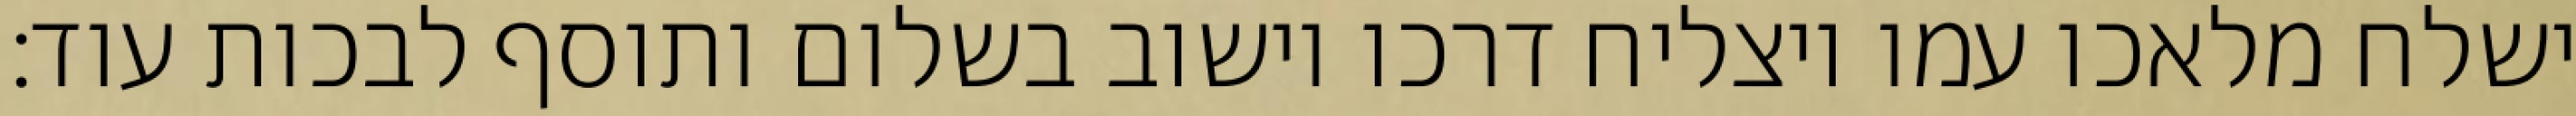
ישלח מלאכו עמו ויצליח דרכו וישוב בשלום ותוסף לבכות עוד: